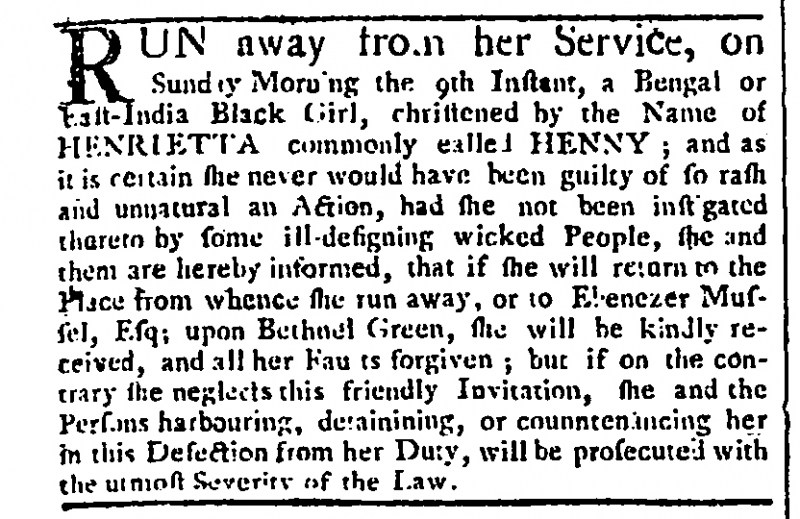
Gazetteer and London Daily Advertiser, 17 April 1764 (England)
RUN away from her Service, on Sunday Morning the 9th Instant, a Bengal or East-India Black Girl, christened by the Name of HENRIETTA commonly called HENNY; and as it is certain she never would have been guilty of so rash and unusual an Action, had she not been instigated thereto by some ill-designing wicked People, she and them are hereby informed, that if she will return to the Place from whence she run away, or to Ebenezer Mussel, Esq; upon Bethnal Green, she will be kindly received, and all her Faults forgiven; but if on the contrary she neglects this friendly Invitation, she and the Persons harbouring, detaining, or counntenancing her in this Defection from her Duty, will be prosecuted with the utmost Severity of the Law.